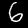
Digit: 6